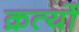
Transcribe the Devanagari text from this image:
क्रत्यों